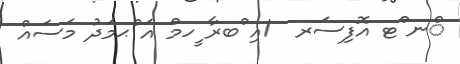
ްނ ްޓ އޮފިސަރ  1އި ްބރާ ީހމް އަ ްޙމަދު މަސައް